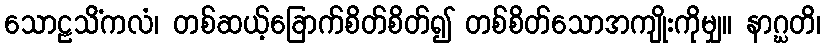
သောဠသိံကလံ၊ တစ်ဆယ့်ခြောက်စိတ်စိတ်၍ တစ်စိတ်သောအကျိုးကိုမျှ။ နာဂ္ဃတိ၊